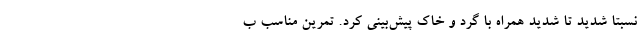
نسبتا شدید تا شدید همراه با گرد و خاک پیش‌بینی کرد. تمرین مناسب ب